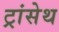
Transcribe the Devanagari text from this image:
ट्रांसेथ